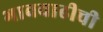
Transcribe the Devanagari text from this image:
भाववाढीची